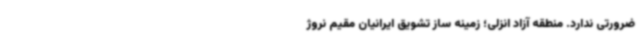
ضرورتی ندارد. منطقه آزاد انزلی؛ زمینه ساز تشویق ایرانیان مقیم نروژ